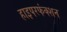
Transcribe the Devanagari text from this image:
हाइपरफंक्शन